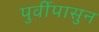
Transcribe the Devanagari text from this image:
पुर्वीपासुन